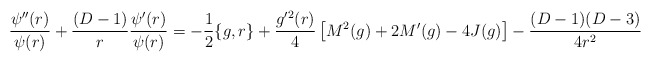
\begin{align*}\frac{\psi^{\prime\prime}(r)}{\psi(r)}+\frac{(D-1)}{r}\frac{\psi^{\prime}(r)}{\psi(r)}=-\frac{1}{2}\{g,r\}+\frac{g^{\prime2}(r)}{4}\left[M^{2}(g)+2M^{\prime}(g)-4J(g)\right]-\frac{(D-1)(D-3)}{4r^2}\end{align*}